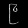
Digit: ၉